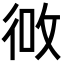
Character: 𪫎